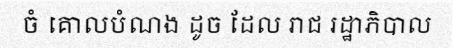
ចំ គោលបំណង ដូច ដែល រាជ រដ្ឋាភិបាល